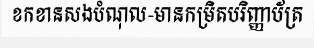
ខកខានសងបំណុល-មានកម្រិតបរិញ្ញាប័ត្រ